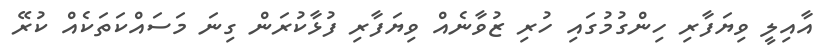
އާއިލީ ވިޔަފާރި ހިންގުމުގައި ހުރި ޒުވާނެއް ވިޔަފާރި ފުޅާކުރަން ގިނަ މަސައްކަތަކެއް ކުރޭ